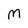
Character: M